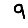
Digit: 9